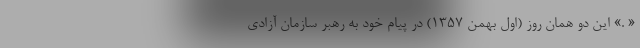
« .» این دو همان روز (اول بهمن 1357) در پیام خود به رهبر سازمان آزادی